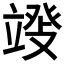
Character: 𱷬